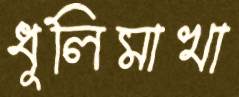
ধূলিমাখা